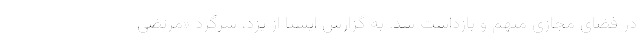
در فضای مجازی متهم و بازداشت شد. به گزارش ایسنا از یزد، سرگرد «مرتضی